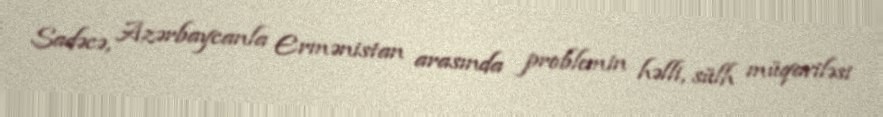
Sadəcə, Azərbaycanla Ermənistan arasında problemin həlli, sülh müqaviləsi